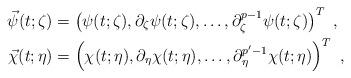
LaTeX: \begin{align*}\vec \psi (t;\zeta)&=\left(\psi(t;\zeta),\partial_\zeta\psi(t;\zeta),\dots,\partial^{p-1}_\zeta\psi(t;\zeta)\right)^T\ ,\\\vec \chi (t;\eta)&=\left(\chi(t;\eta),\partial_\eta\chi(t;\eta),\dots,\partial^{p'-1}_\eta\chi(t;\eta)\right)^T\ ,\end{align*}